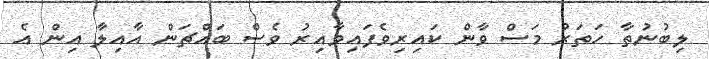
ލިބުނުތާ ހަތަރު މަސް ވާން ކައިރިވެފައިވާއިރު ވެސް ބައްޗަން އާއިލާ އިން އެ